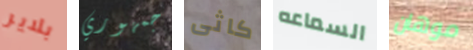
بلاير جمهوري كاثى السماعه موهان